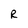
Character: R